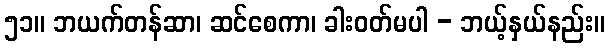
၅၁။ ဘယက်တန်ဆာ၊ ဆင်စေကာ၊ ခါးဝတ်မပါ - ဘယ့်နှယ်နည်း။